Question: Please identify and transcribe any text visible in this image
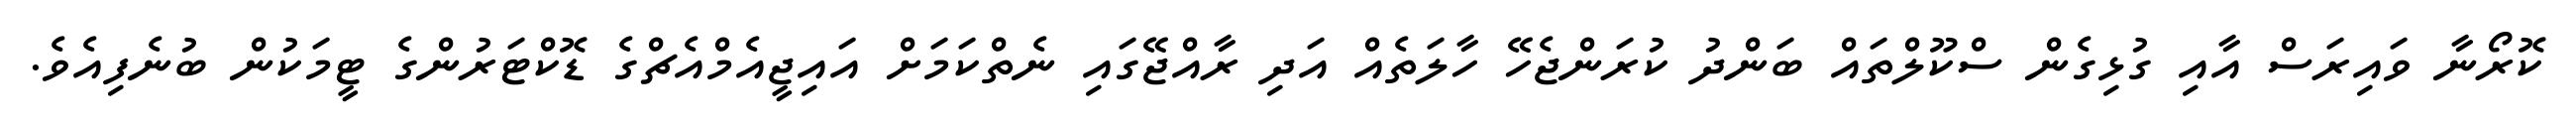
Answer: ކޮރޯނާ ވައިރަސް އާއި ގުޅިގެން ސްކޫލްތައް ބަންދު ކުރަންޖެހޭ ހާލަތެއް އަދި ރާއްޖޭގައި ނެތްކަމަށް އައިޖީއެމްއެޗްގެ ޑޮކްޓަރުންގެ ޓީމަކުން ބުނެފިއެވެ.